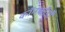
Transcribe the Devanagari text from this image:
कॉनकॉर्डों